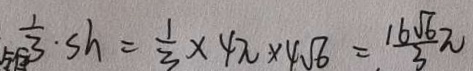
\frac { 1 } { 3 } \cdot S h = \frac { 1 } { 3 } \times 4 \pi \times 4 \sqrt { 6 } = \frac { 1 6 \sqrt { 6 } } { 3 } \pi